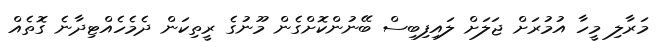
މަރާލި މީހާ އުމުރަށް ޖަލަށް ލައިފިބިސް ބޭނުންކޮށްގެން މޫނުގެ ރީތިކަން ދެމެހެއްޓިދާނެ ގޮތެއް